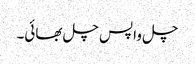
چل واپس چل بھائی۔